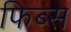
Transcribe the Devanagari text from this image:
फिब्स